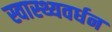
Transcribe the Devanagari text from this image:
स्वास्थ्यवर्धन